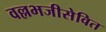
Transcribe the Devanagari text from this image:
वल्लभजीसेवित